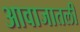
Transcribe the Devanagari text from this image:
आवाजातली